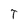
Character: T